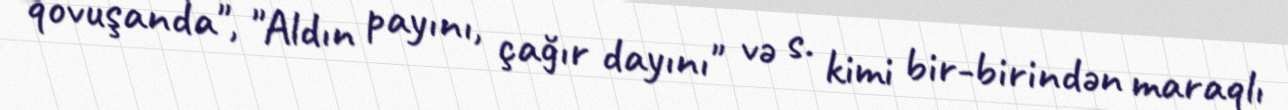
qovuşanda", "Aldın payını, çağır dayını" və s. kimi bir-birindən maraqlı